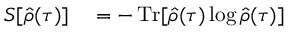
\begin{array} { r l } { S [ \hat { \rho } ( \tau ) ] } & { { } = - \operatorname { T r } [ \hat { \rho } ( \tau ) \log \hat { \rho } ( \tau ) ] } \end{array}